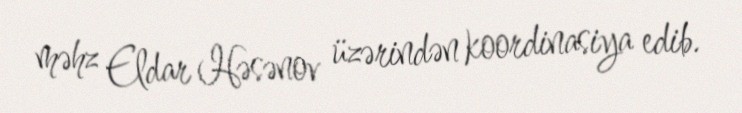
məhz Eldar Həsənov üzərindən koordinasiya edib.